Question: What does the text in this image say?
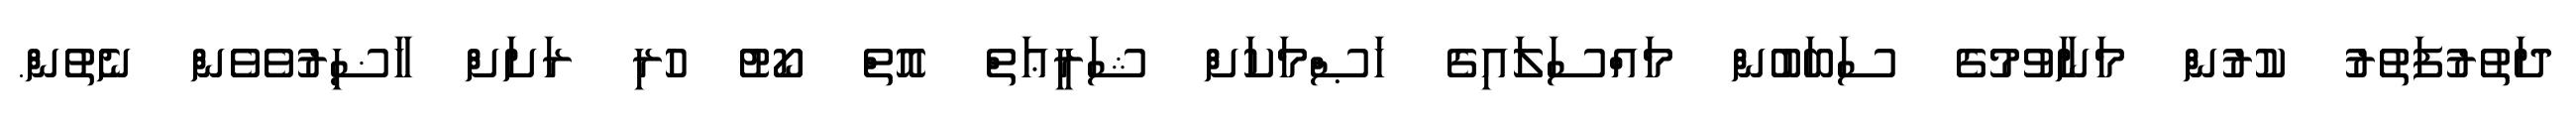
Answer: ދަތުރުފަތުރު ކުރުން މަނާވުމުގެ ސަބަބުން މައްސަލައިގެ ޚަޞްމަކަށް ޝަރީޢަތް އޮތް ކޯޓު ހުރި ރަށަށް ހާޟިރުވެވެން ނެތުން.